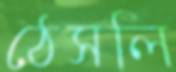
ঠেসলি